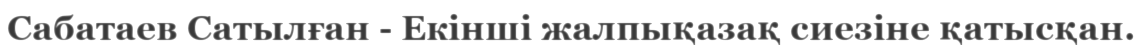
Сабатаев Сатылған - Екінші жалпықазақ сиезіне қатысқан.